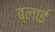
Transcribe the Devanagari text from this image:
ब्लाई